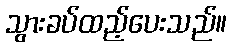
သွားခပ်ထည့်ပေးသည်။